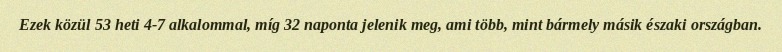
Ezek közül 53 heti 4-7 alkalommal, míg 32 naponta jelenik meg, ami több, mint bármely másik északi országban.